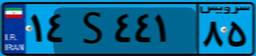
۲۹S۳۴۰۱۷